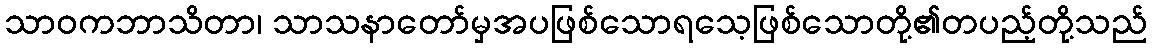
သာဝကဘာသိတာ၊ သာသနာတော်မှအပဖြစ်သောရသေ့ဖြစ်သောတို့၏တပည့်တို့သည်